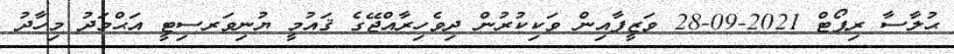
ޙުލާސާ ރިޕޯޓް 2021-09-28 ވަޒީފާއިން ވަކިކުރުން ދިވެހިރާއްޖޭގެ ޤައުމީ ޔުނިވަރސިޓީ އަޙްމަދު މިހާދު